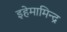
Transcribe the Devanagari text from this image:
इहेमामिन्द्र